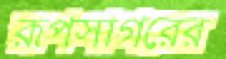
রূপসাগরের